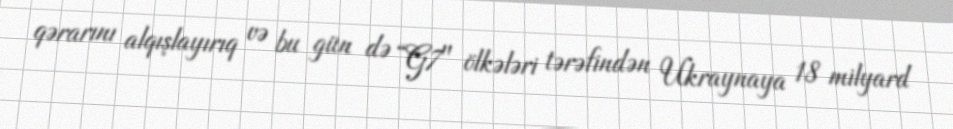
qərarını alqışlayırıq və bu gün də “G7" ölkələri tərəfindən Ukraynaya 18 milyard